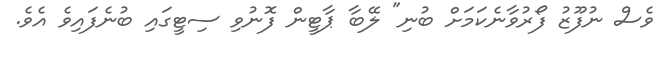
ވެސް ނުފޫޒު ފޯރުވާނެކަމަށް ބުނި" ލޭބާ ޕާޓީން ފޮނުވި ސިޓީގައި ބުނެފައިވެ އެވެ.